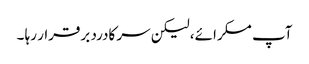
آپ مسکرائے، لیکن سر کادرد برقرار رہا ۔